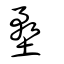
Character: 堥